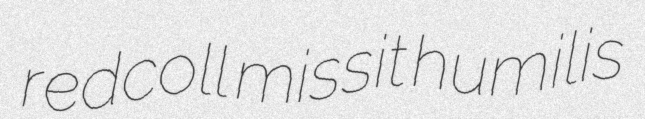
redcoll missit humilis